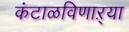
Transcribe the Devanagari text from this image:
कंटाळविणाऱ्या